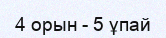
4 орын - 5 ұпай